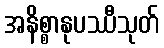
အနိစ္စာနုပဿီသုတ်